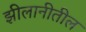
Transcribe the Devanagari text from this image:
झीलानीतील